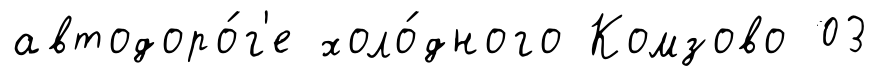
автодоро́г'е холо́дного Комзово 03